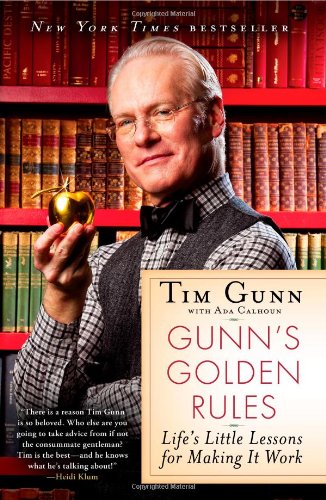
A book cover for Gunn's Golden Rules: Life's Little Lessons for Making It Work; Tim Gunn; Self-Help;